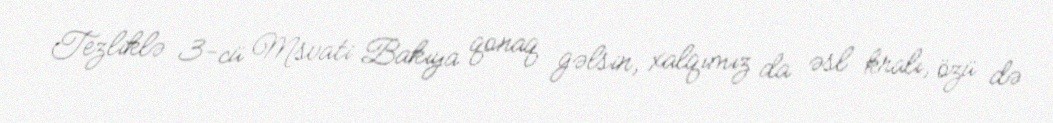
Tezliklə 3-cü Msvati Bakıya qonaq gəlsin, xalqımız da əsl kralı, özü də